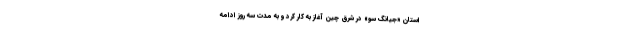
استان «جیانگ سو» در شرق چین آغاز به کار کرد و به مدت سه روز ادامه